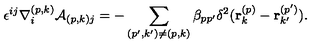
\epsilon ^ { i j } \nabla _ { i } ^ { ( p , k ) } { \cal A } _ { ( p , k ) j } = - \sum _ { ( p ^ { \prime } , k ^ { \prime } ) \neq ( p , k ) } \beta _ { p p ^ { \prime } } \delta ^ { 2 } ( { \bf r } _ { k } ^ { ( p ) } - { \bf r } _ { k ^ { \prime } } ^ { ( p ^ { \prime } ) } ) .